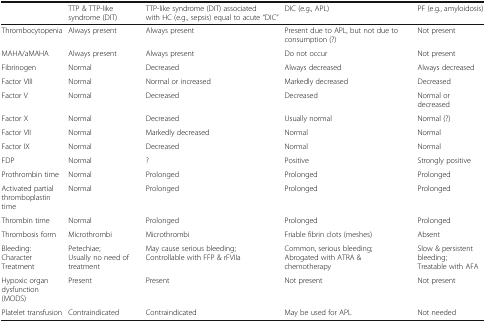
<table><thead><tr><td></td><td><b>TTP &amp; TTP-like syndrome (DIT)</b></td><td><b>TTP-like syndrome (DIT) associated with HC (e.g., sepsis) equal to acute “DIC”</b></td><td><b>DIC (e.g., APL)</b></td><td><b>PF (e.g., amyloidosis)</b></td></tr></thead><tbody><tr><td>Thrombocytopenia</td><td>Always present</td><td>Always present</td><td>Present due to APL, but not due to consumption (?)</td><td>Not present</td></tr><tr><td>MAHA/aMAHA</td><td>Always present</td><td>Always present</td><td>Do not occur</td><td>Not present</td></tr><tr><td>Fibrinogen</td><td>Normal</td><td>Decreased</td><td>Always decreased</td><td>Always decreased</td></tr><tr><td>Factor VIII</td><td>Normal</td><td>Normal or increased</td><td>Markedly decreased</td><td>Decreased</td></tr><tr><td>Factor V</td><td>Normal</td><td>Decreased</td><td>Decreased</td><td>Normal or decreased</td></tr><tr><td>Factor X</td><td>Normal</td><td>Decreased</td><td>Usually normal</td><td>Normal (?)</td></tr><tr><td>Factor VII</td><td>Normal</td><td>Markedly decreased</td><td>Normal</td><td>Normal</td></tr><tr><td>Factor IX</td><td>Normal</td><td>Decreased</td><td>Normal</td><td>Normal</td></tr><tr><td>FDP</td><td>Normal</td><td>?</td><td>Positive</td><td>Strongly positive</td></tr><tr><td>Prothrombin time</td><td>Normal</td><td>Prolonged</td><td>Prolonged</td><td>Prolonged</td></tr><tr><td>Activated partialthromboplastin time</td><td>Normal</td><td>Prolonged</td><td>Prolonged</td><td>Prolonged</td></tr><tr><td>Thrombin time</td><td>Normal</td><td>Prolonged</td><td>Prolonged</td><td>Prolonged</td></tr><tr><td>Thrombosis form</td><td>Microthrombi</td><td>Microthrombi</td><td>Friable fibrin clots (meshes)</td><td>Absent</td></tr><tr><td>Bleeding: CharacterTreatment</td><td>Petechiae;Usually no need of treatment</td><td>May cause serious bleeding;Controllable with FFP &amp; rFVIIa</td><td>Common, serious bleeding;Abrogated with ATRA &amp;chemotherapy</td><td>Slow &amp; persistent bleeding;Treatable with AFA</td></tr><tr><td>Hypoxic organdysfunction (MODS)</td><td>Present</td><td>Present</td><td>Not present</td><td>Not present</td></tr><tr><td>Platelet transfusion</td><td>Contraindicated</td><td>Contraindicated</td><td>May be used for APL</td><td>Not needed</td></tr></tbody></table>